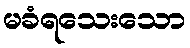
မခံရသေးသော